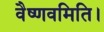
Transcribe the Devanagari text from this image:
वैष्णवमिति।